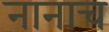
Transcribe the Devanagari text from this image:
नानाच